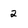
Character: 2